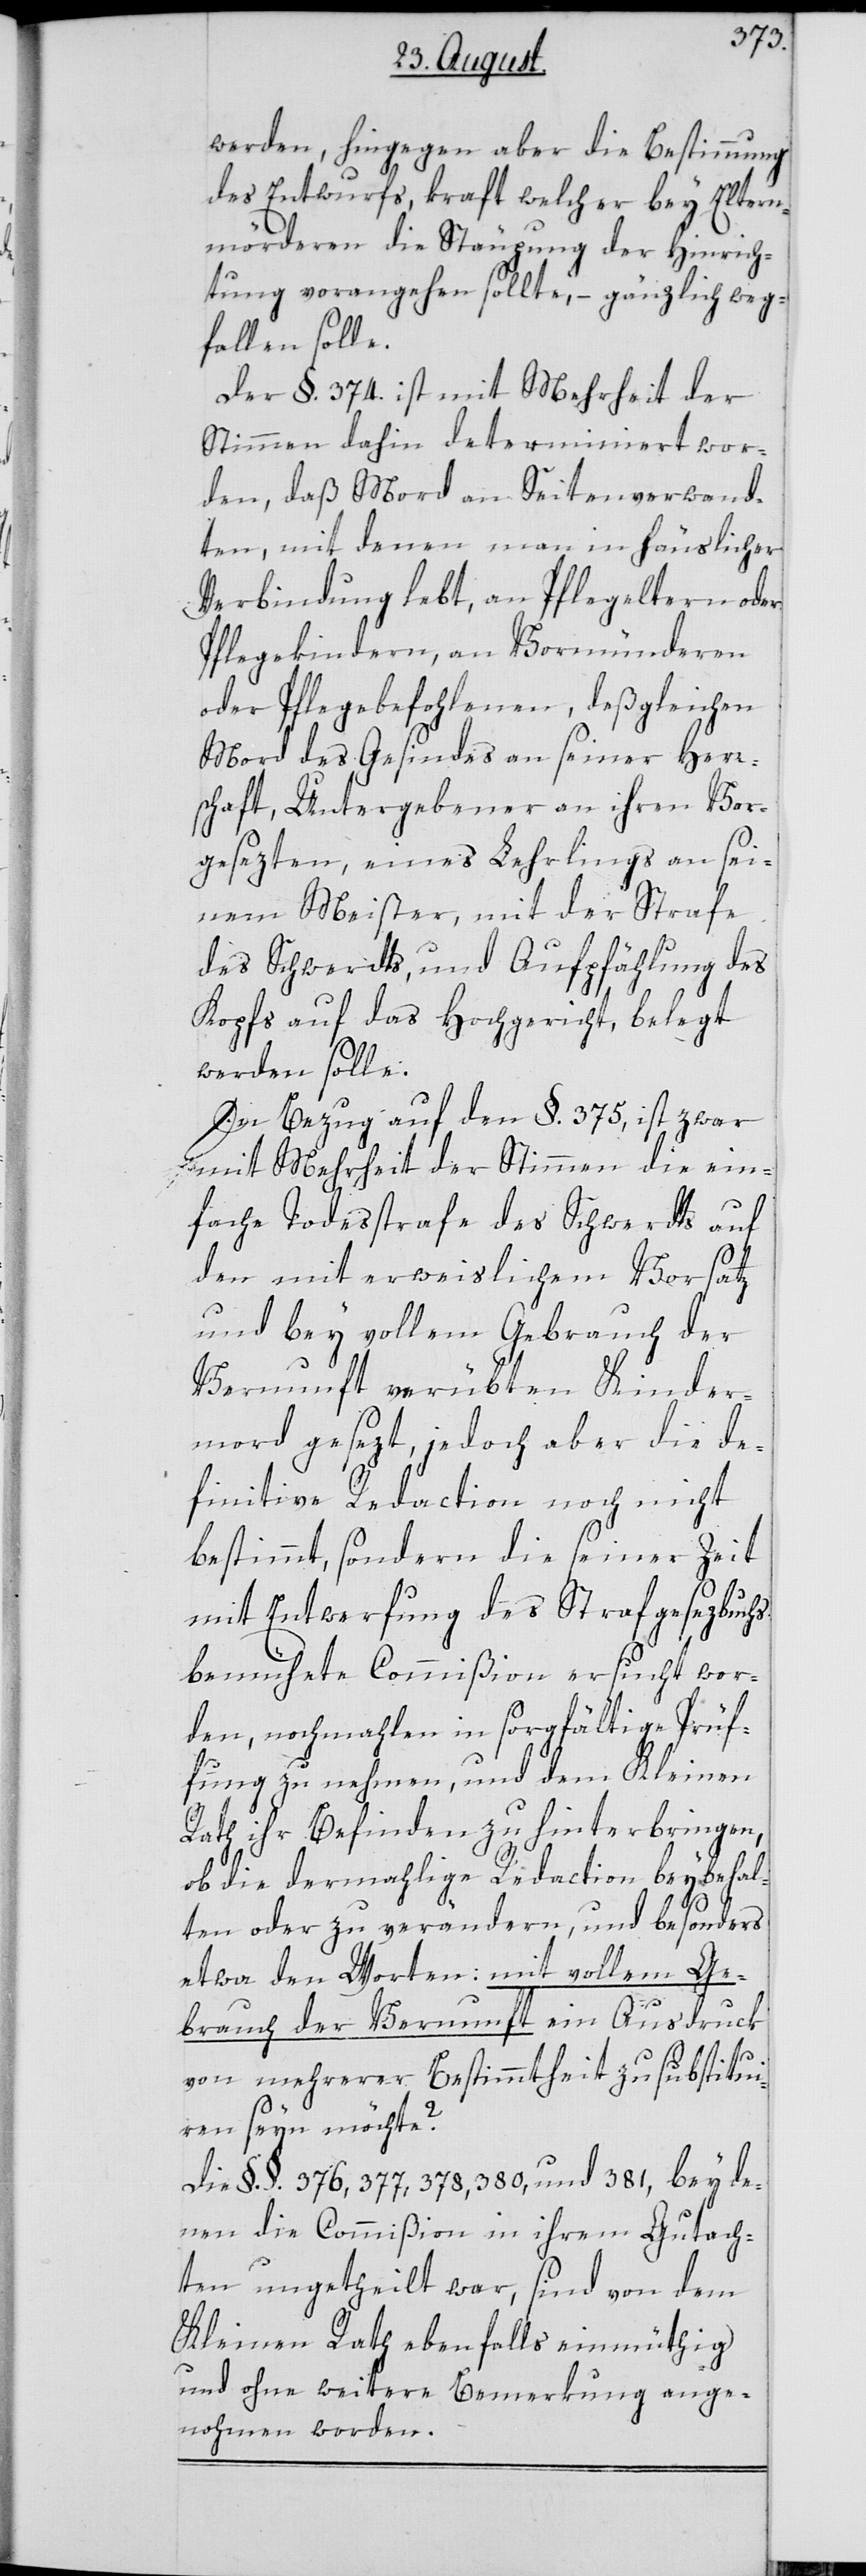
werden, hingegen aber die Bestimmung
des Entwurfs, kraft welcher bey Eltern¬
mörderen die Stäupung der Hinrich¬
tung vorangehen sollte, – gänzlich weg¬
fallen solle.
Der §. 374. ist mit Mehrheit der
Stimmen dahin determiniert wor¬
den, daß Mord an Seitenverwand¬
ten, mit denen man in häuslicher
Verbindung lebt, an Pflegeltern oder
Pflegkindern, an Vormünderen
oder Pflegebefohlenen, deßgleichen
Mord des Gesindes an seiner Herr¬
schaft, Untergebener an ihren Vor¬
gesezten, eines Lehrlings an sei¬
nem Meister, mit der Strafe
des Schwerdts und Aufpfählung des
Kopfs auf das Hochgericht, belegt
werden solle.
In Bezug auf den §. 375, ist zwar
mit Mehrheit der Stimmen die ein¬
fache Todesstrafe des Schwerdts auf
den mit erweislichem Vorsatz
und bey vollem Gebrauch der
Vernunft verübten Kinder¬
mord gesezt, jedoch aber die de¬
finitive Redaction noch nicht
bestimmt, sondern die seiner Zeit
mit Entwerfung des Strafgesezbuchs
bemühete Commißion ersucht wor¬
den, nochmahlen in sorgfältige Prüf¬
fung zu nehmen, und dem Kleinen
Rath ihr Befinden zu hinterbringen,
ob die dermahlige Redaction beybehal¬
ten oder zu verändern, und besonders
etwa den Worten: mit vollem Ge¬
brauch der Vernunft ein Ausdruck
von mehrerer Bestimmtheit zu substitui¬
eren seyn möchte?
Die §.§. 376, 377, 378, 380, und 381, bey de¬
nen die Commißion in ihrem Gutach¬
ten ungetheilt war, sind von dem
Kleinen Rath ebenfalls einmüthig
und ohne weitere Bemerkung ange¬
nohmen worden.